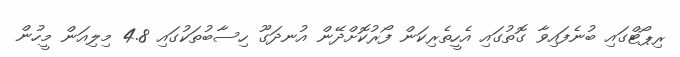
ރިޕޯޓްގައި ބުނެފައިވާ ގޮތުގައި އެހީތެރިކަން ފޯރުކޮށްދޭން އުނދަގޫ ހިސާބުތަކުގައި 4.8 މިލިއަން މީހުން